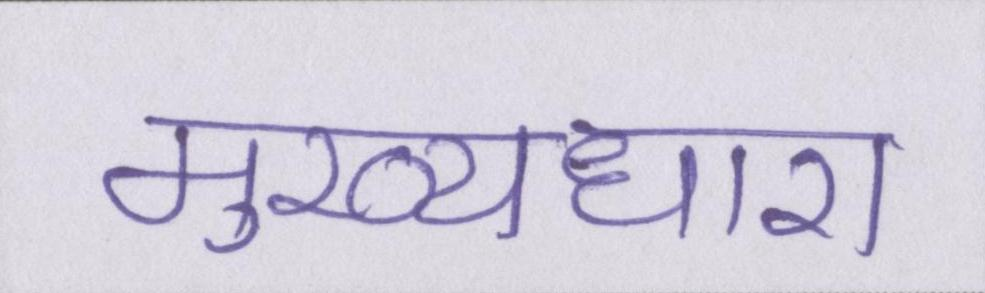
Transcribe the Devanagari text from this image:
मुख्यधारा